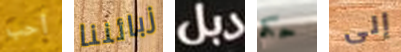
أحب زبائننا دبل حكم إلى